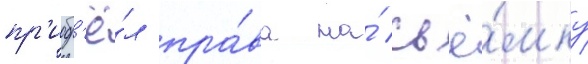
пр'иобр'ё́л пра́ва на́ съё́мку